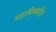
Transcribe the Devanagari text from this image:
महाविस्फारित